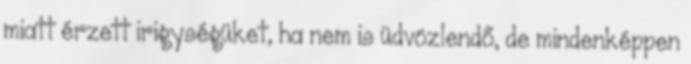
miatt érzett irigységüket, ha nem is üdvözlendő, de mindenképpen